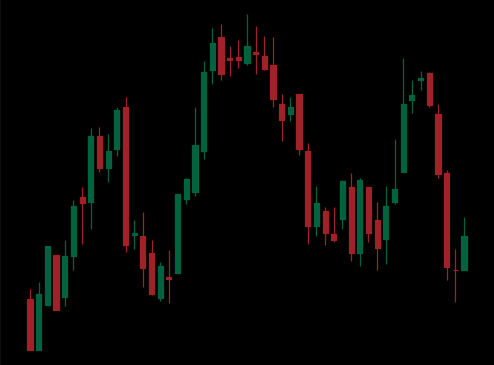
Pattern: head_shoulders